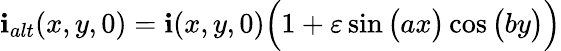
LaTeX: \mathbf{i}_{alt}(x,y,0)=\mathbf{i}(x,y,0)\Big(1+\varepsilon\sin\big(ax\big)\cos\big(by\big)\Big)